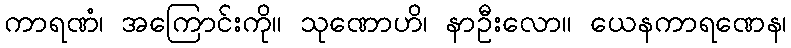
ကာရဏံ၊ အကြောင်းကို။ သုဏောဟိ၊ နာဦးလော။ ယေနကာရဏေန၊